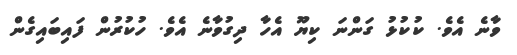
ވާނެ އެވެ. ކުކުޅު ގަންނަ ކިޔޫ އެހާ ދިގުވާނެ އެވެ. ހުކުރުން ފައިބައިގެން